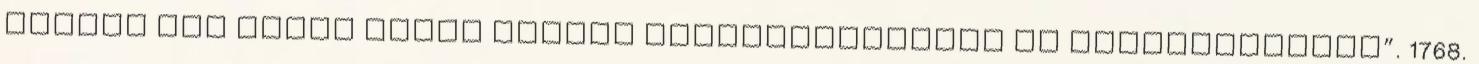
grófnő „az egész várat szépen megtisztíttatta és megjavíttatta”. 1768.